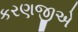
કરણજીએ